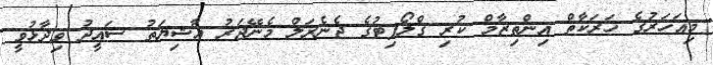
މިއަހަރުގެ ހަރަކާތް އިންތިޒާމް ކުރި ގްލޯފިޓުގެ ޖެނެރަލް މެނޭޖަރު އާޝިޔަތު ސައީދު ވިދާޅުވީ